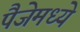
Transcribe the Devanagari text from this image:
पैजेमध्ये